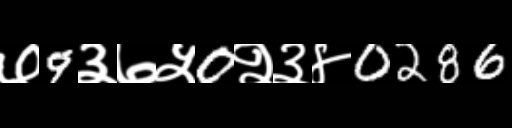
Text: ७9३७५0२३४0286